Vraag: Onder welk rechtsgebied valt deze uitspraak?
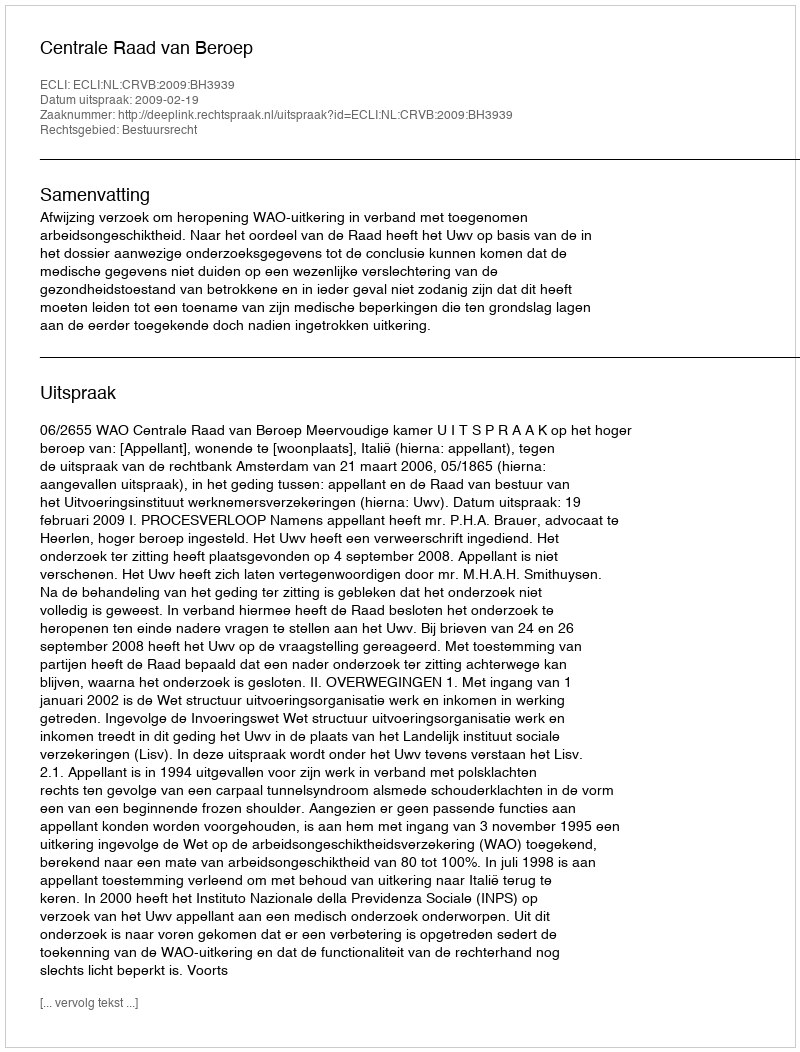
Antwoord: Bestuursrecht